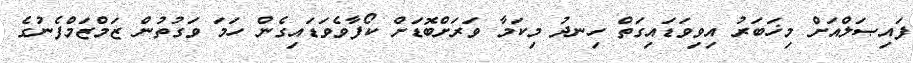
ފައިޞަލްއަށް މިޚަބަރު އިވިވަޑައިގަތް ހިނދު މިކަމާ ވަރަށްބޮޑަށް ކޯފާވެވަޑައިގެން ހަމަ ވަގުތުން ޒަމްޒަމްފެނުގެ